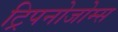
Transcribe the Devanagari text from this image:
ट्रिपनोजोम्स